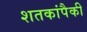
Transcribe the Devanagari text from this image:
शतकांपैकी